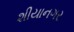
શીયાનગર